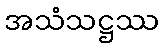
အသံသဋ္ဌဿ